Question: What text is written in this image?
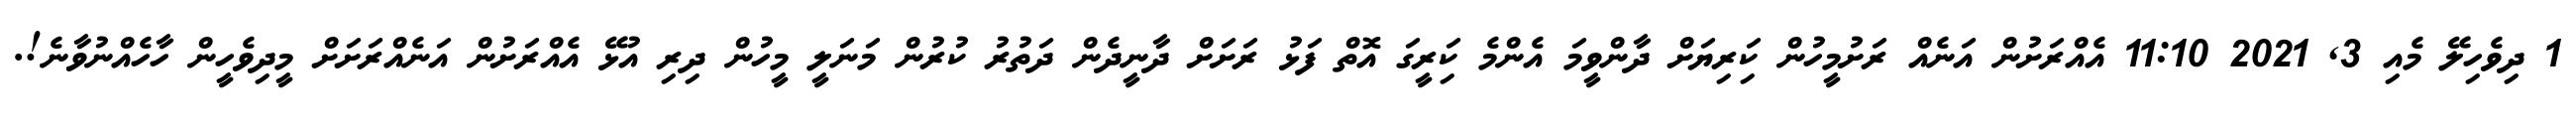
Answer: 1 ދިވެހިލޭ މެއި 3, 2021 11:10 އެއްރަށުން އަނެއް ރަށުމީހުން ކަިރިޔަށް ދާންވީމަ އެންމެ ކަިރީގަ އޮތް ފަޅު ރަށަށް ދާނީދެން ދަތުރު ކުރުން މަނަލީ މީހުން ދިރި އުޅޭ އެއްރަށުން އަނެއްރަށަށް މީދިވެހީން ހާހެއްނުވާނެ!.